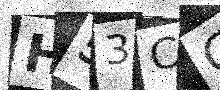
Text: H53CC8